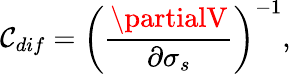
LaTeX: \mathcal{C}_{dif}=\left(\frac{{\partialV}}{{\partial{\sigma_{s}}}}\right)^{-1},